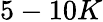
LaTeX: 5-10K